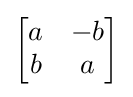
{\begin{bmatrix}a&-b\\b&a\end{bmatrix}}